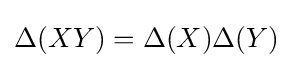
\Delta (XY)=\Delta (X)\Delta (Y)